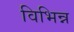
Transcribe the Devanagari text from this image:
विभिन्न